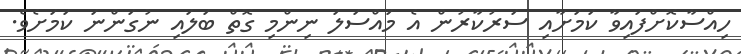
ހިއްސާކޮށްފައިވާ ކަމަށާއި ސަރުކާރުން އެ މައްސަލަ ނިންމި ގޮތް ބަލައި ނުގަންނަ ކަމަށެވެ.